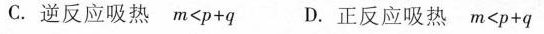
C.逆反应吸热$$m < p + q$$D.正反应吸热$$m < p + q$$